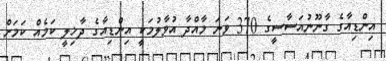
އިންޑިއާގެ ގާނޫނުއަސާސީގެ 370 ވަނަ މާއްދާ އުވާލުމަކީ އިންޑިއާގެ ދާޚިލީ ކަމެއް ކަމަށް